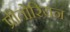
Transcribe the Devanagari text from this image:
प्रीतोरियन